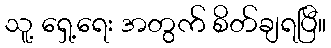
သူ့ ရှေ့ရေး အတွက် စိတ်ချရပြီ။